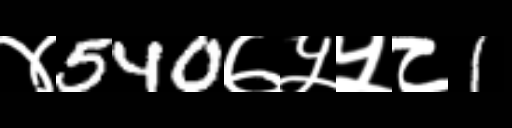
Text: ४540७५५८1